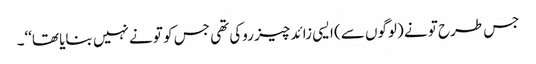
جس طرح تو نے (لوگوں سے) ایسی زائد چیز روکی تھی جس کو تو نے نہیں بنایا تھا‘‘۔